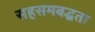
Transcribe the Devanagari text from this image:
सहसमबद्धता